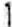
1